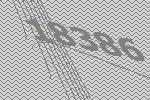
18386